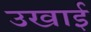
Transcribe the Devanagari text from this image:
उखाई